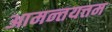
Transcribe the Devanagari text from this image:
आमन्तयत्तम